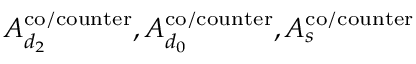
A _ { d _ { 2 } } ^ { \mathrm { { c o / c o u n t e r } } } , A _ { d _ { 0 } } ^ { \mathrm { { c o / c o u n t e r } } } , A _ { s } ^ { \mathrm { { c o / c o u n t e r } } }